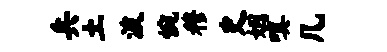
兵土波惋穆史姻嗔几